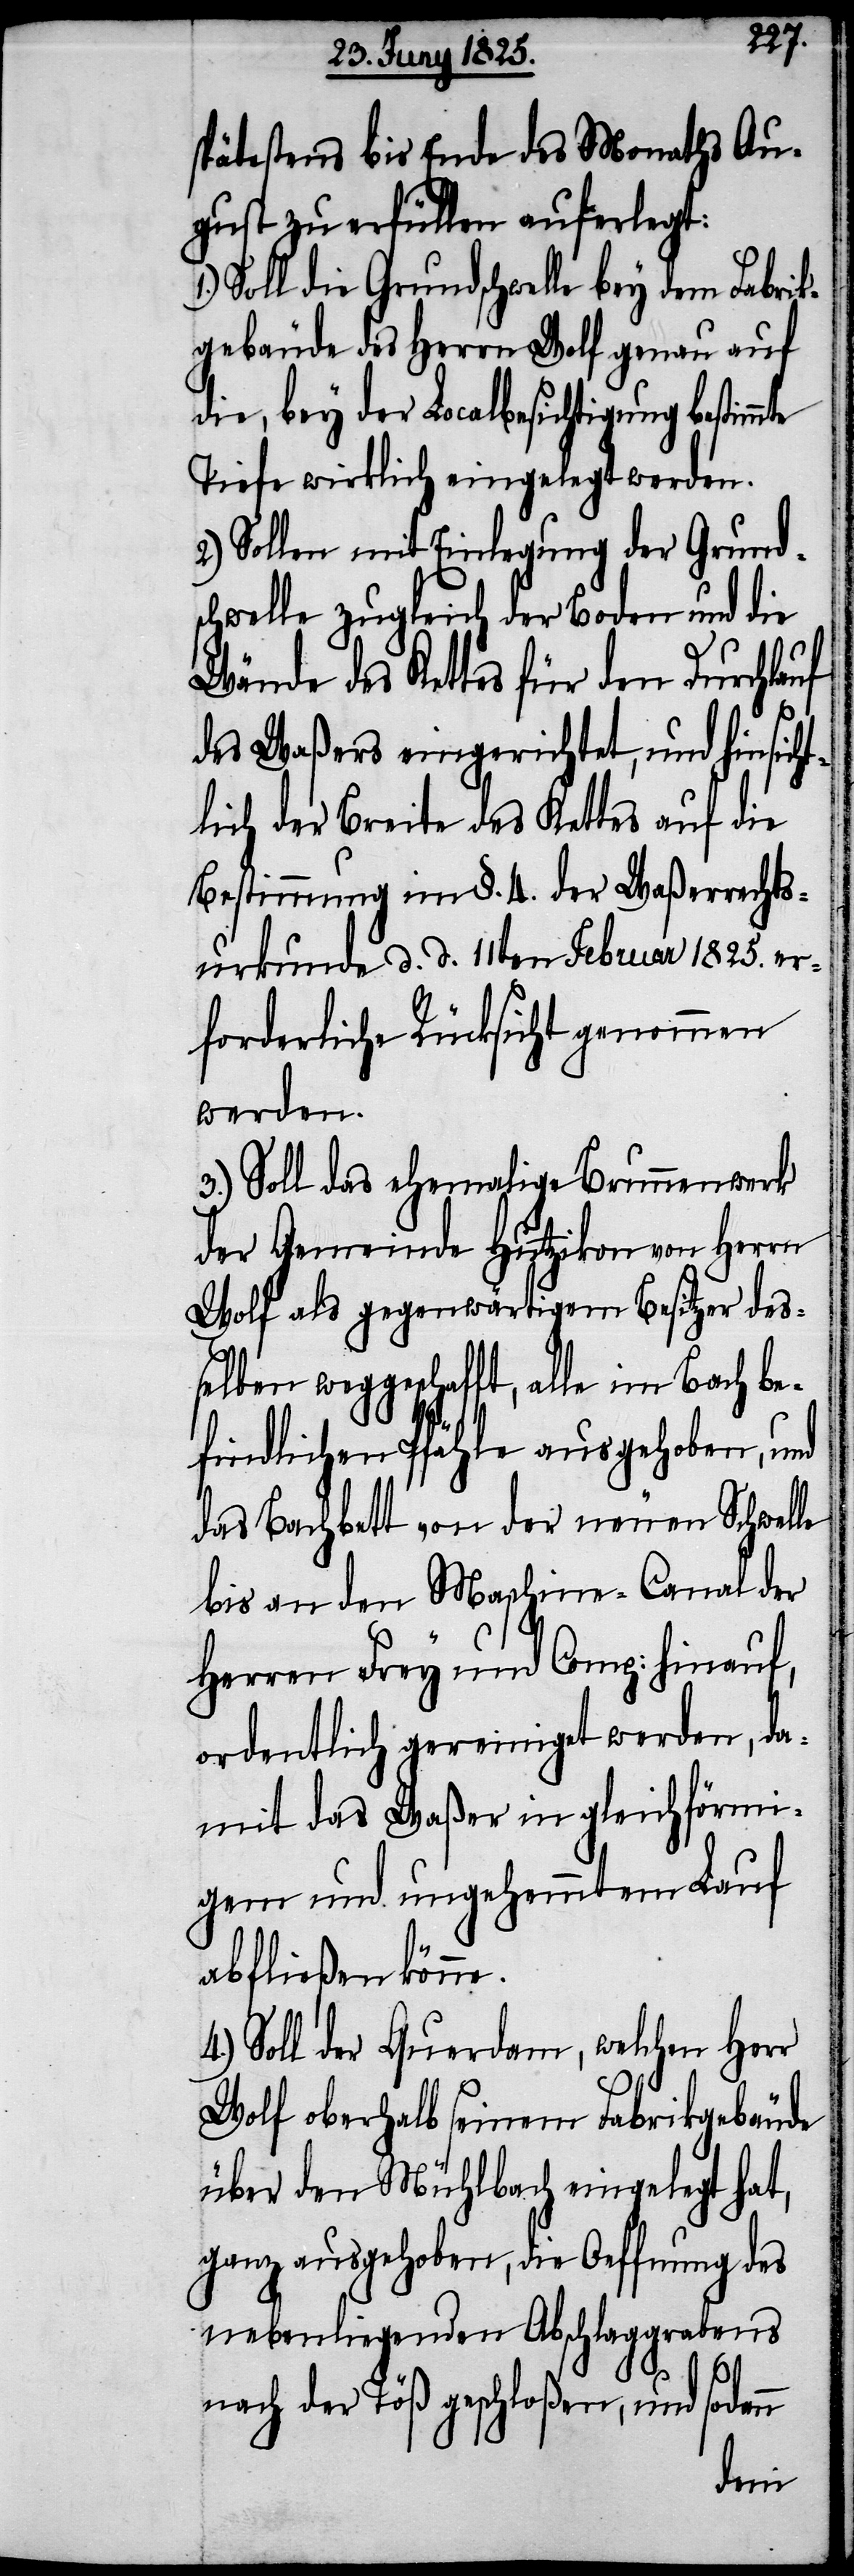
spätestens bis Ende des Monaths Au¬
gust zu erfüllen auferlegt:
Soll die Grundschwelle bey dem Fabrik¬
gebäude des Herrn Wolf genau auf
die, bey der Localbesichtigung bestimm¬
Tiefe wirklich eingelegt werden.
Sollen mit Einlegung der Grund¬
schwelle zugleich der Boden und die
Wände des Kettes für den Durchlauf
des Waßers eingerichtet, und hinsicht¬
lich der Breite des Kettes auf die
Bestimmung im §. 4. der Waßerrechts¬
urkunde d. d. 11ten Februar 1825. er¬
forderliche Rücksicht genommen
werden.
3.) Soll das ehemalige Brunnenwerk
der Gemeinde Hutzikon von Herrn
Wolf als gegenwärtigem Besitzer des¬
selben weggeschafft, alle
befindlichen Pfähle ausgehoben, und
das Bachbett von der neuen Schwelle
bis an den Maschine-Canal der
Herren Frey und Comp: hinauf,
ordentlich gereinigt werden, da¬
mit das Waßer in gleichförmi¬
gem und ungehemmtem Lauf
abfließen könne.
Soll der Querdamm, welchen Herr
Wolf oberhalb seinem Fabrikgebäude
über den Mühlbach eingelegt hat,
ganz ausgehoben, die Oeffnung des
nebenliegenden Abschlaggrabens
nach der Töß geschloßen, und sodann
te